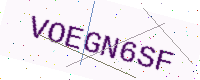
Text: VOEGN6SF